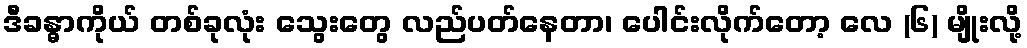
ဒီခန္ဓာကိုယ် တစ်ခုလုံး သွေးတွေ လည်ပတ်နေတာ၊ ပေါင်းလိုက်တော့ လေ (၆) မျိုးလို့